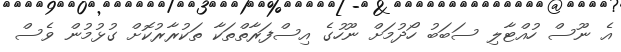
އެ ނޫސް ހުއްޓާލި ސަބަބު ހޯދުމަށް ނޫހުގެ އިސްފަރާތްތަކާ ތަކުރާރުކޮށް ގުޅުމުން ވެސް